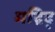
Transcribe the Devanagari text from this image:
मद्रिद्